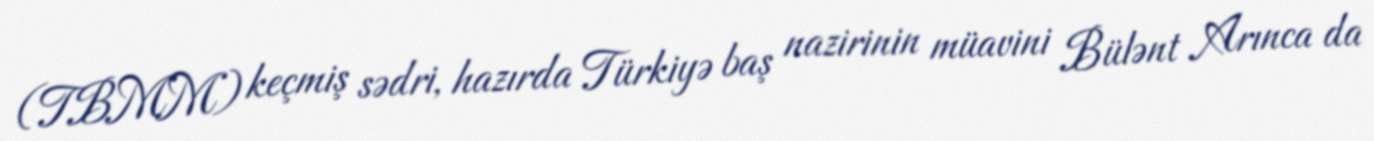
(TBMM) keçmiş sədri, hazırda Türkiyə baş nazirinin müavini Bülənt Arınca da